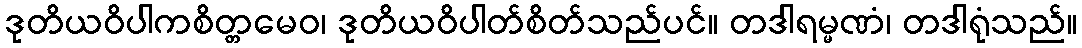
ဒုတိယဝိပါကစိတ္တမေဝ၊ ဒုတိယဝိပါတ်စိတ်သည်ပင်။ တဒါရမ္မဏံ၊ တဒါရုံသည်။